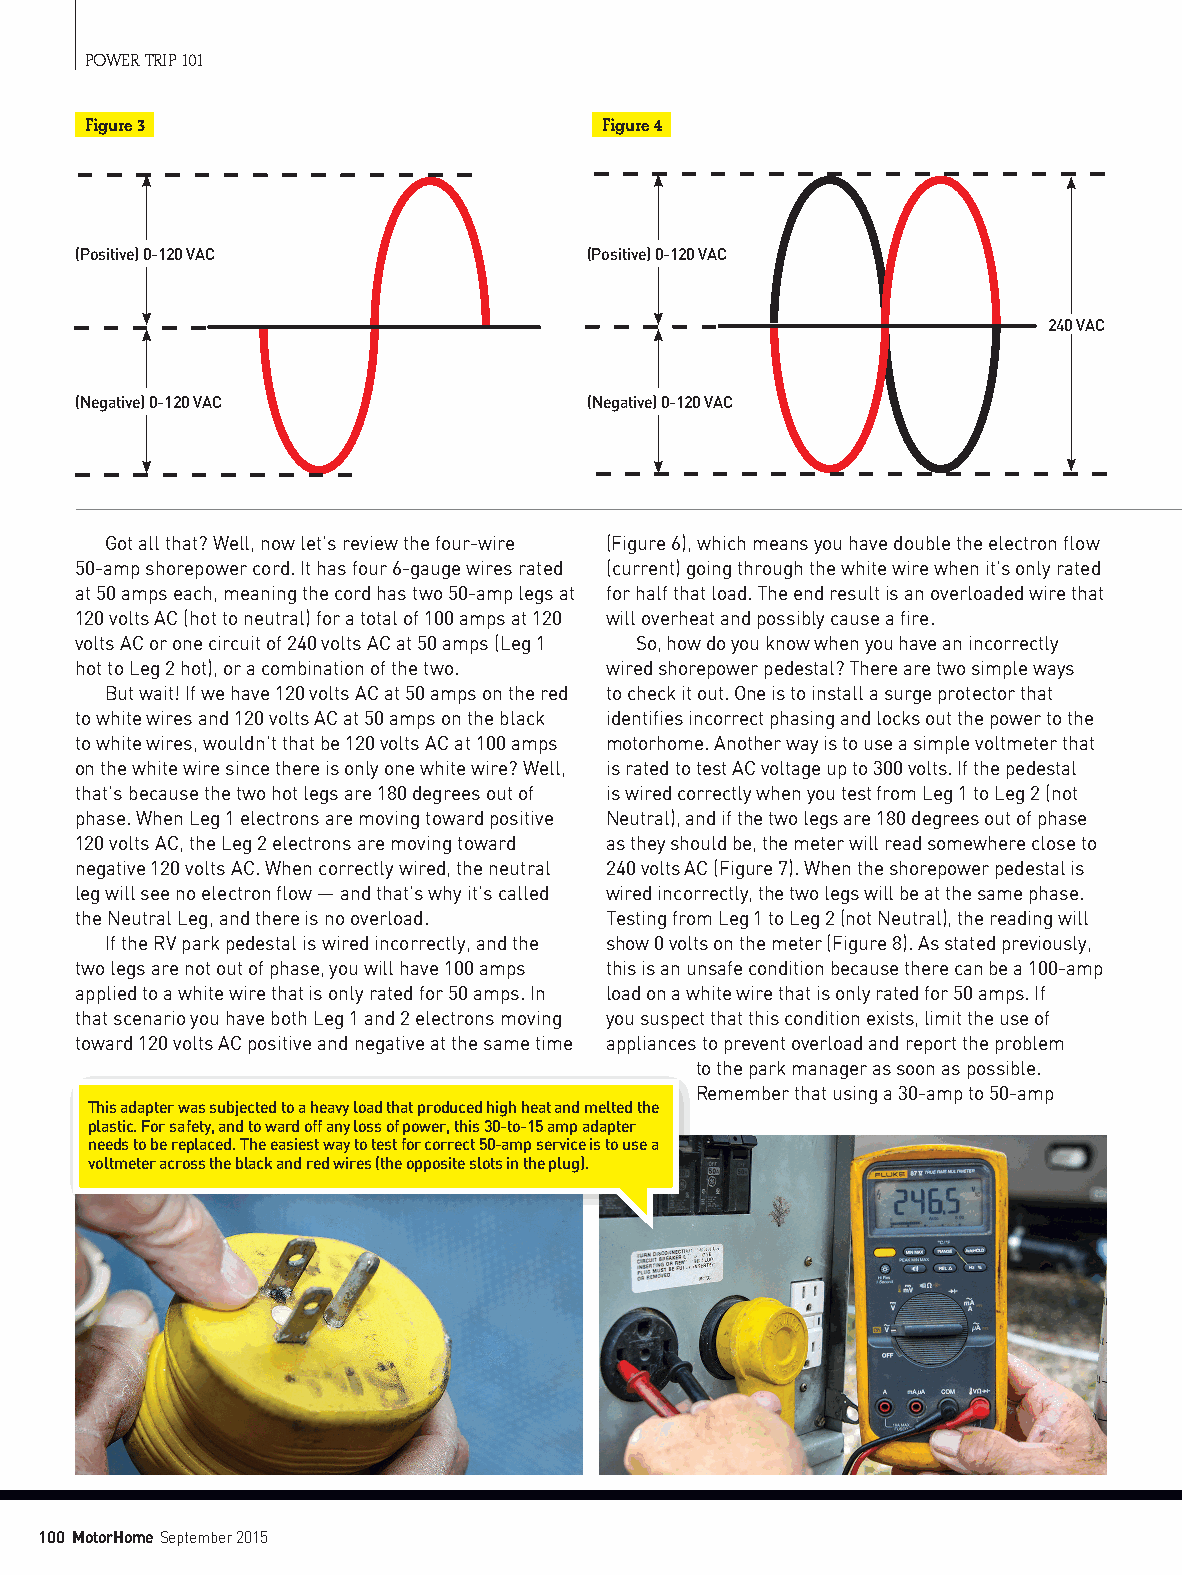
POWER TRIP 101
 Figure 3                          Figure 4
 (Positive) 0-120 VAC              (Positive) 0-120 VAC
 240 VAC
 (Negative) 0-120 VAC              (Negative) 0-120 VAC
 Got all that? Well, now let’s review the four-wire (Figure 6), which means you have double the electron flow
 50-amp shorepower cord. It has four 6-gauge wires rated (current) going through the white wire when it’s only rated
 at 50 amps each, meaning the cord has two 50-amp legs at for half that load. The end result is an overloaded wire that
 120 volts AC (hot to neutral) for a total of 100 amps at 120 will overheat and possibly cause a fire.
 volts AC or one circuit of 240 volts AC at 50 amps (Leg 1 So, how do you know when you have an incorrectly
 hot to Leg 2 hot), or a combination of the two. wired shorepower pedestal? There are two simple ways
 But wait! If we have 120 volts AC at 50 amps on the red to check it out. One is to install a surge protector that
 to white wires and 120 volts AC at 50 amps on the black identifies incorrect phasing and locks out the power to the
 to white wires, wouldn’t that be 120 volts AC at 100 amps motorhome. Another way is to use a simple voltmeter that
 on the white wire since there is only one white wire? Well, is rated to test AC voltage up to 300 volts. If the pedestal
 that’s because the two hot legs are 180 degrees out of is wired correctly when you test from Leg 1 to Leg 2 (not
 phase. When Leg 1 electrons are moving toward positive Neutral), and if the two legs are 180 degrees out of phase
 120 volts AC, the Leg 2 electrons are moving toward as they should be, the meter will read somewhere close to
 negative 120 volts AC. When correctly wired, the neutral 240 volts AC (Figure 7). When the shorepower pedestal is
 leg will see no electron flow — and that’s why it’s called wired incorrectly, the two legs will be at the same phase.
 the Neutral Leg, and there is no overload. Testing from Leg 1 to Leg 2 (not Neutral), the reading will
 If the RV park pedestal is wired incorrectly, and the show 0 volts on the meter (Figure 8). As stated previously,
 two legs are not out of phase, you will have 100 amps this is an unsafe condition because there can be a 100-amp
 applied to a white wire that is only rated for 50 amps. In load on a white wire that is only rated for 50 amps. If
 that scenario you have both Leg 1 and 2 electrons moving you suspect that this condition exists, limit the use of
 toward 120 volts AC positive and negative at the same time appliances to prevent overload and report the problem
 to the park manager as soon as possible.
 Remember that using a 30-amp to 50-amp
 This adapter was subjected to a heavy load that produced high heat and melted the
 plastic. For safety, and to ward off any loss of power, this 30-to-15 amp adapter
 needs to be replaced. The easiest way to test for correct 50-amp service is to use a
 voltmeter across the black and red wires (the opposite slots in the plug).
 100 MotorHome September 2015